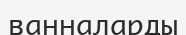
ванналарды